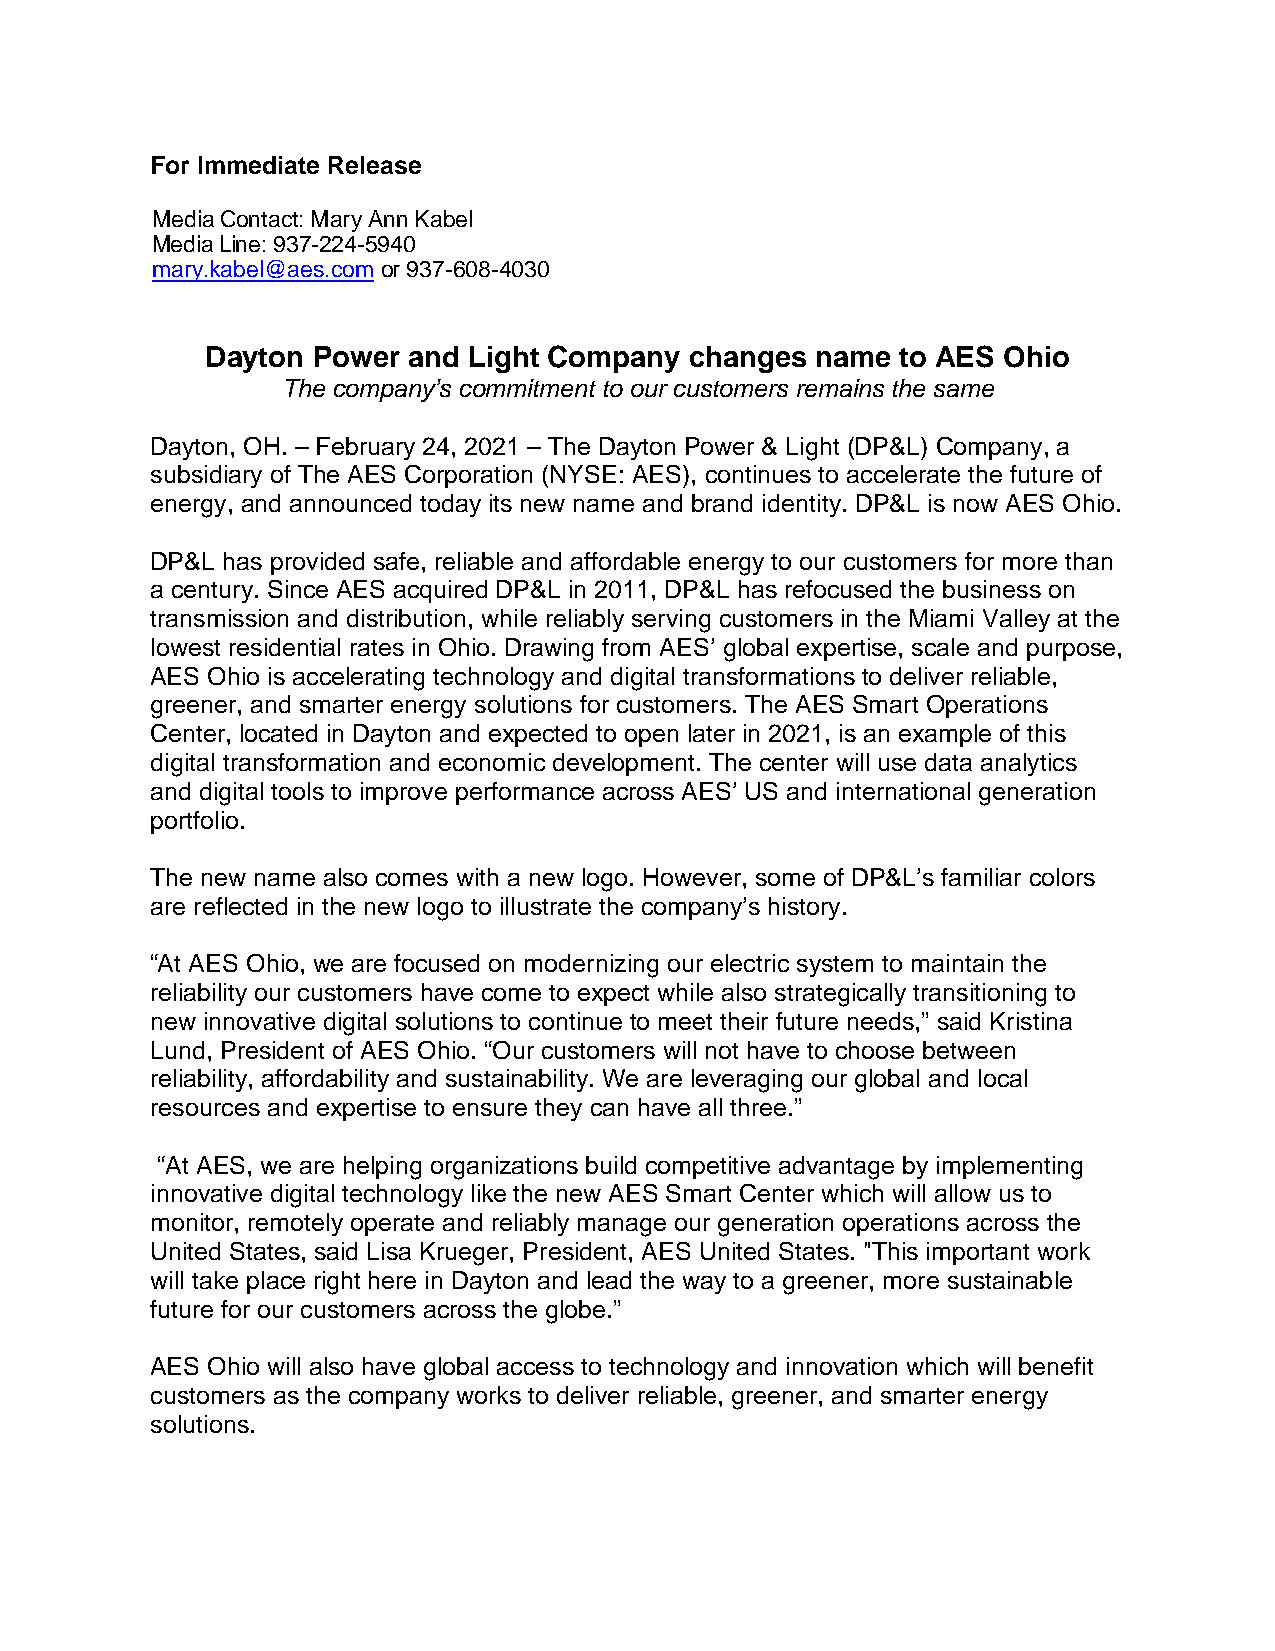
For Immediate Release
 Media Contact: Mary Ann Kabel
 Media Line: 937-224-5940
 mary.kabel@aes.com or 937-608-4030
 Dayton Power and Light Company  changes name  to AES Ohio
 The company’s commitment to our customers remains the same
 Dayton, OH. – February 24, 2021 – The Dayton Power & Light (DP&L) Company, a
 subsidiary of The AES Corporation (NYSE: AES), continues to accelerate the future of
 energy, and announced today its new name and brand identity. DP&L is now AES Ohio.
 DP&L has provided safe, reliable and affordable energy to our customers for more than
 a century. Since AES acquired DP&L in 2011, DP&L has refocused the business on
 transmission and distribution, while reliably serving customers in the Miami Valley at the
 lowest residential rates in Ohio. Drawing from AES’ global expertise, scale and purpose,
 AES Ohio is accelerating technology and digital transformations to deliver reliable,
 greener, and smarter energy solutions for customers. The AES Smart Operations
 Center, located in Dayton and expected to open later in 2021, is an example of this
 digital transformation and economic development. The center will use data analytics
 and digital tools to improve performance across AES’ US and international generation
 portfolio.
 The new name also comes with a new logo. However, some of DP&L’s familiar colors
 are reflected in the new logo to illustrate the company’s history.
 “At AES Ohio, we are focused on modernizing our electric system to maintain the
 reliability our customers have come to expect while also strategically transitioning to
 new innovative digital solutions to continue to meet their future needs,” said Kristina
 Lund, President of AES Ohio. “Our customers will not have to choose between
 reliability, affordability and sustainability. We are leveraging our global and local
 resources and expertise to ensure they can have all three.”
 “At AES, we are helping organizations build competitive advantage by implementing
 innovative digital technology like the new AES Smart Center which will allow us to
 monitor, remotely operate and reliably manage our generation operations across the
 United States, said Lisa Krueger, President, AES United States. "This important work
 will take place right here in Dayton and lead the way to a greener, more sustainable
 future for our customers across the globe.”
 AES Ohio will also have global access to technology and innovation which will benefit
 customers as the company works to deliver reliable, greener, and smarter energy
 solutions.